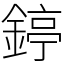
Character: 𨪃